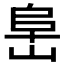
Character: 𰎧